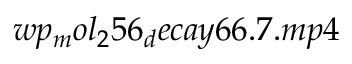
w p _ { m } o l _ { 2 } 5 6 _ { d } e c a y 6 6 . 7 . m p 4